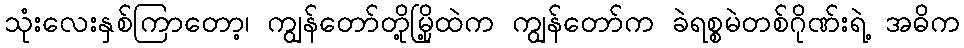
သုံးလေးနှစ်ကြာတော့၊ ကျွန်တော်တို့မြို့ထဲက ကျွန်တော်က ခဲရစ္စမဲတစ်ဂိုဏ်းရဲ့ အဓိက